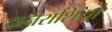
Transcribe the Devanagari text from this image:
दानराशियां